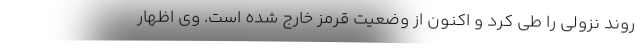
روند نزولی را طی کرد و اکنون از وضعیت قرمز خارج شده است. وی اظهار